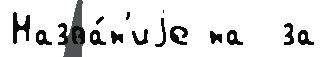
Назва́н'иjе на  за